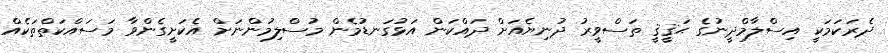
ދެރަކަމަކީ އިސްލާމްދީނުގެ ޙަޤީޤީ ތަސްވީރު ދުނިޔެއަށް ދައްކަން އަޅުގަނޑުމެން މުސްލިމުންނަށް އެކަށީގެންވާ މަސައްކަތްތަކެއް